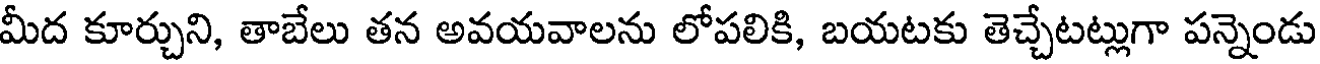
మీద కూర్చుని, తాబేలు తన అవయవాలను లోపలికి, బయటకు తెచ్చేటట్లుగా పన్నెండు